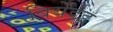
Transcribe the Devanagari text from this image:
बियेर्डड